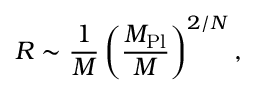
R \sim { \frac { 1 } { M } } \left( \frac { M _ { \mathrm { P l } } } { M } \right) ^ { 2 / N } ,